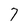
Character: 7